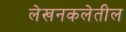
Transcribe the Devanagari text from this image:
लेखनकलेतील